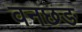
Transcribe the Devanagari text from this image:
वनछङ